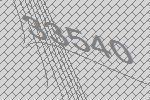
33540